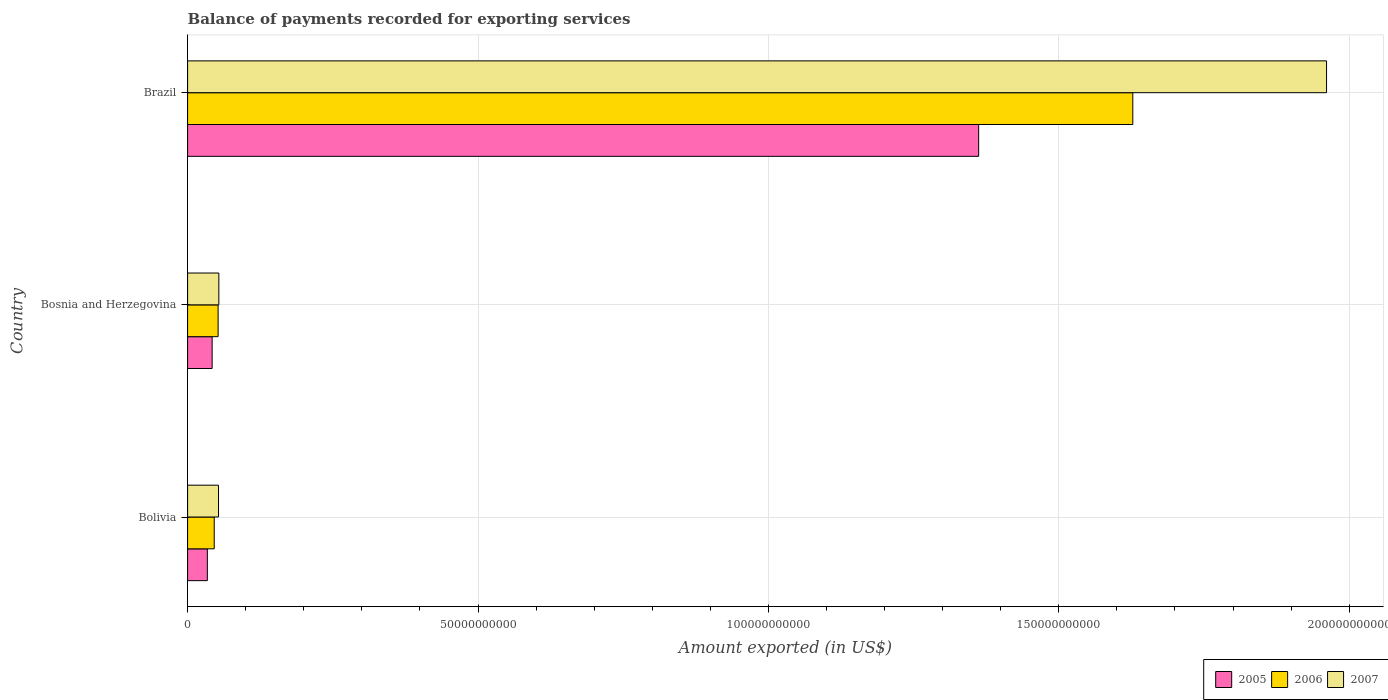
| Country | 2005 | 2006 | 2007 |
 | --- | --- | --- | --- |
 | Bolivia | 3.4e+09 | 4.58e+09 | 5.32e+09 |
 | Bosnia and Herzegovina | 4.23e+09 | 5.25e+09 | 5.38e+09 |
 | Brazil | 1.36e+11 | 1.63e+11 | 1.96e+11 |